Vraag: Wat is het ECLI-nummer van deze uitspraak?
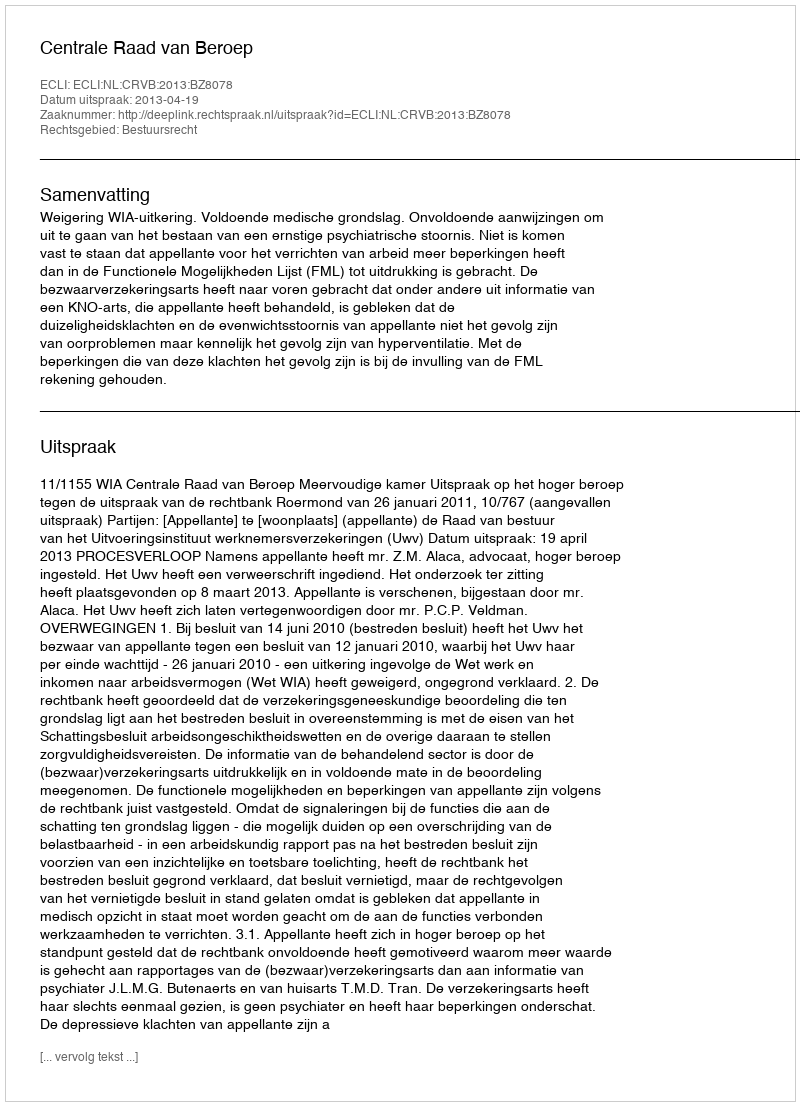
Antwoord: ECLI:NL:CRVB:2013:BZ8078